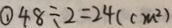
\textcircled { 1 } 4 8 \div 2 = 2 4 ( c m ^ { 2 } )